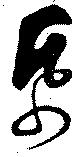
帋